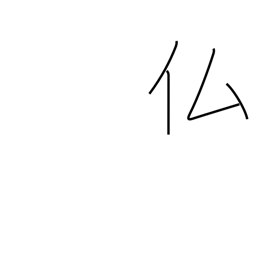
Meaning: France